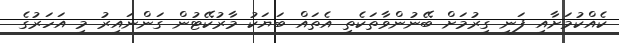
ކެއްކުމަށާއި ފަނި ގިރުމަށް ބޭނުންވާތަކެތި އެތައް ބަޔަކު މާރުކޭޓުން ގަންނައިރު މި އަހަރުގެ